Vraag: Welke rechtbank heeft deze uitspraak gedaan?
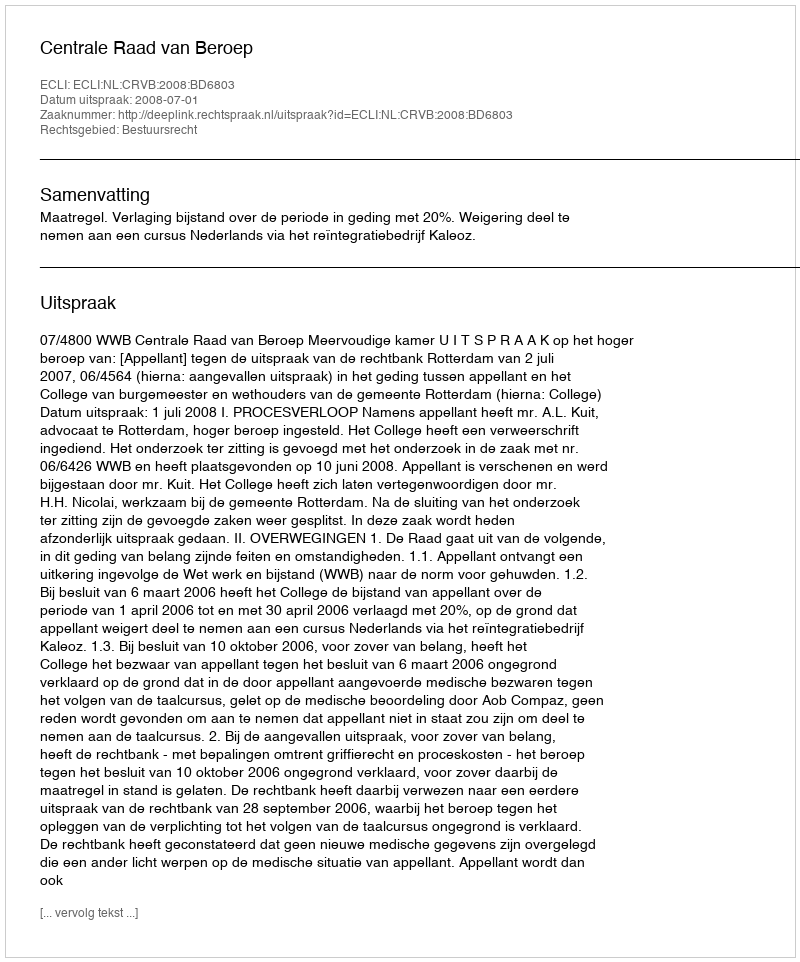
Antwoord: Centrale Raad van Beroep